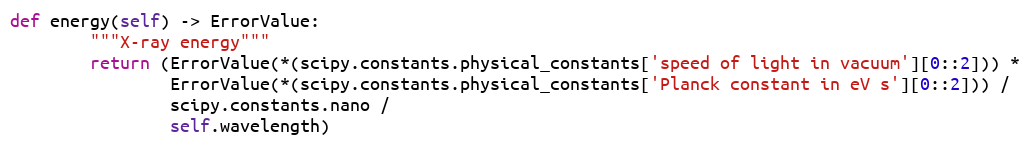
Language: Python
def energy(self) -> ErrorValue:
        """X-ray energy"""
        return (ErrorValue(*(scipy.constants.physical_constants['speed of light in vacuum'][0::2])) *
                ErrorValue(*(scipy.constants.physical_constants['Planck constant in eV s'][0::2])) /
                scipy.constants.nano /
                self.wavelength)